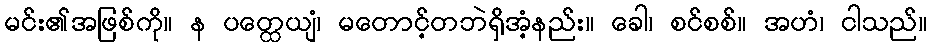
မင်း၏အဖြစ်ကို။ န ပတ္ထေယျံ၊ မတောင့်တဘဲရှိအံ့နည်း။ ခေါ၊ စင်စစ်။ အဟံ၊ ငါသည်။